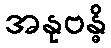
အနုဗန္ဓိ